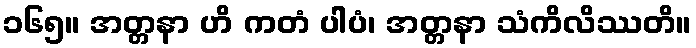
၁၆၅။ အတ္တနာ ဟိ ကတံ ပါပံ၊ အတ္တနာ သံကိလိဿတိ။